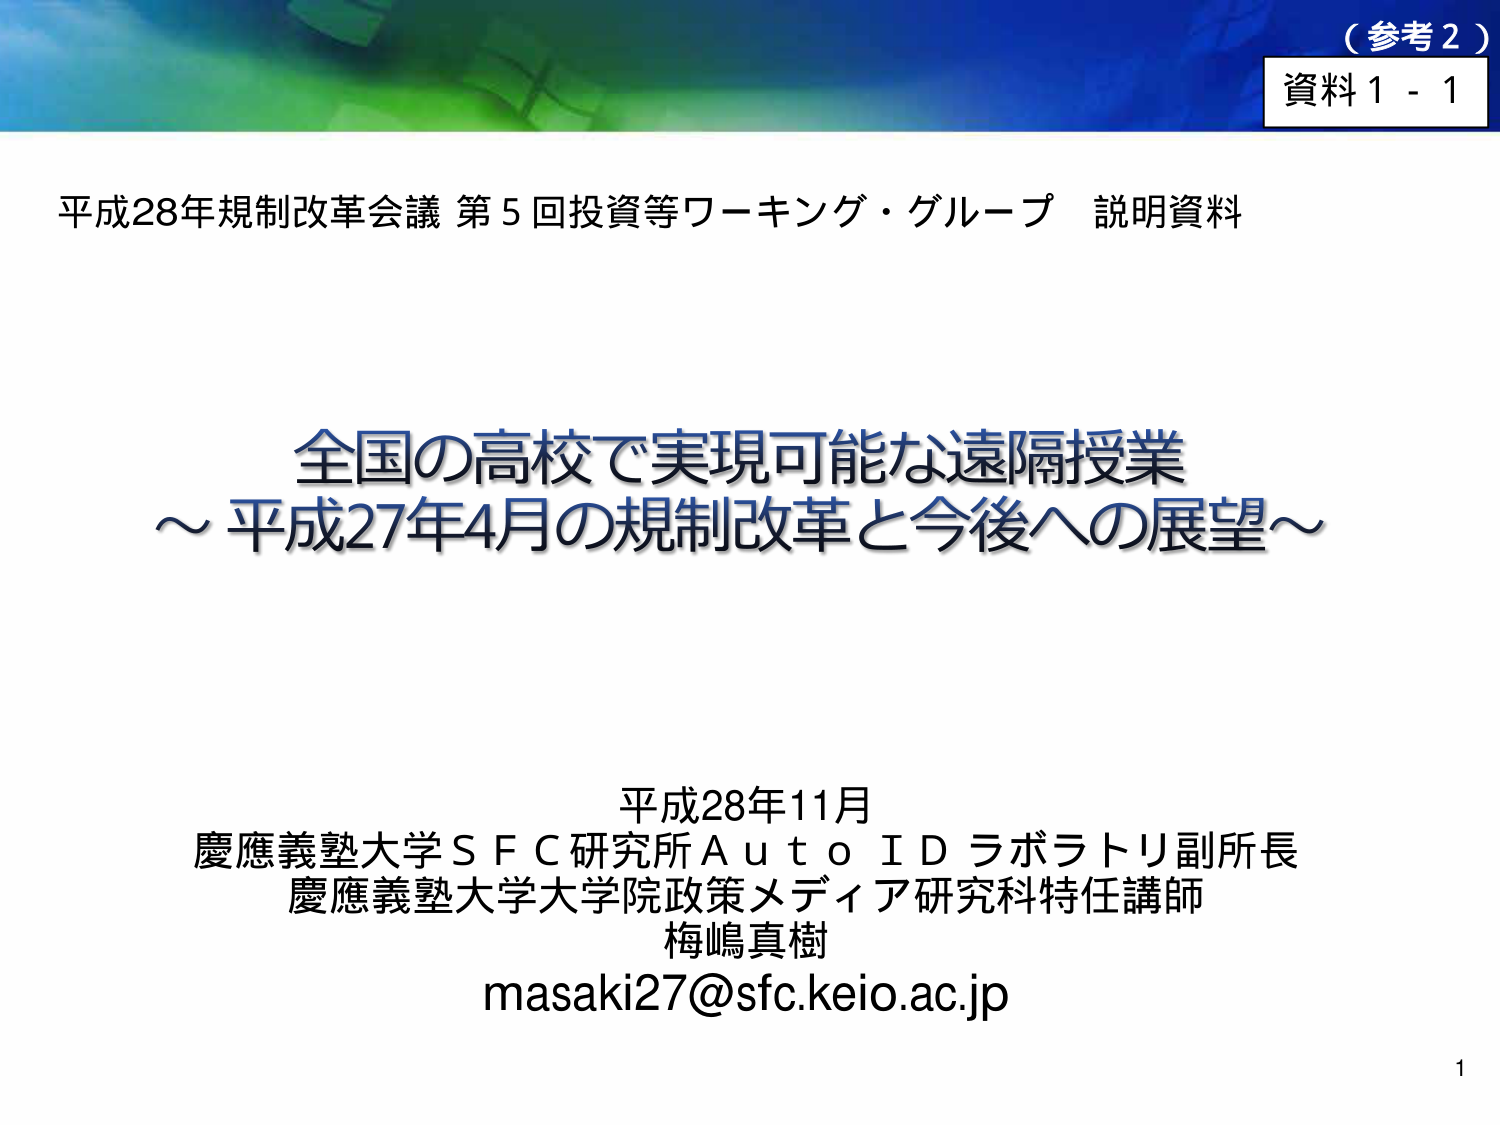
（参考２）
資料１－１

平成28年規制改革会議 第５回投資等ワーキング・グループ 説明資料

全国の高校で実現可能な遠隔授業
～平成27年4月の規制改革と今後への展望～

平成28年11月
慶應義塾大学ＳＦＣ研究所ＡｕｔｏＩＤラボラトリ副所長
慶應義塾大学大学院政策メディア研究科特任講師
梅嶋真樹
masaki27@sfc.keio.ac.jp

1